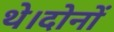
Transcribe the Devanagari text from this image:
थे।दोनों